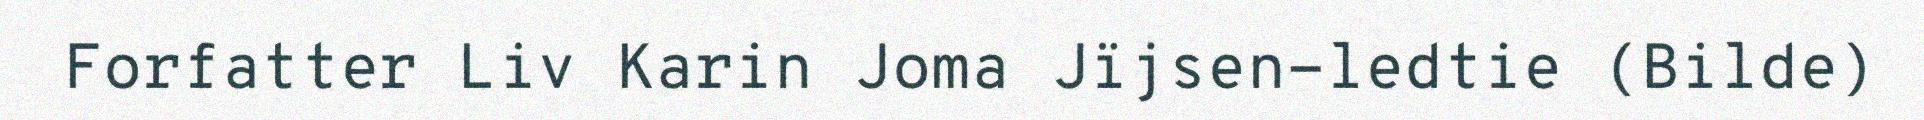
Forfatter Liv Karin Joma Jïjsen-ledtie (Bilde)